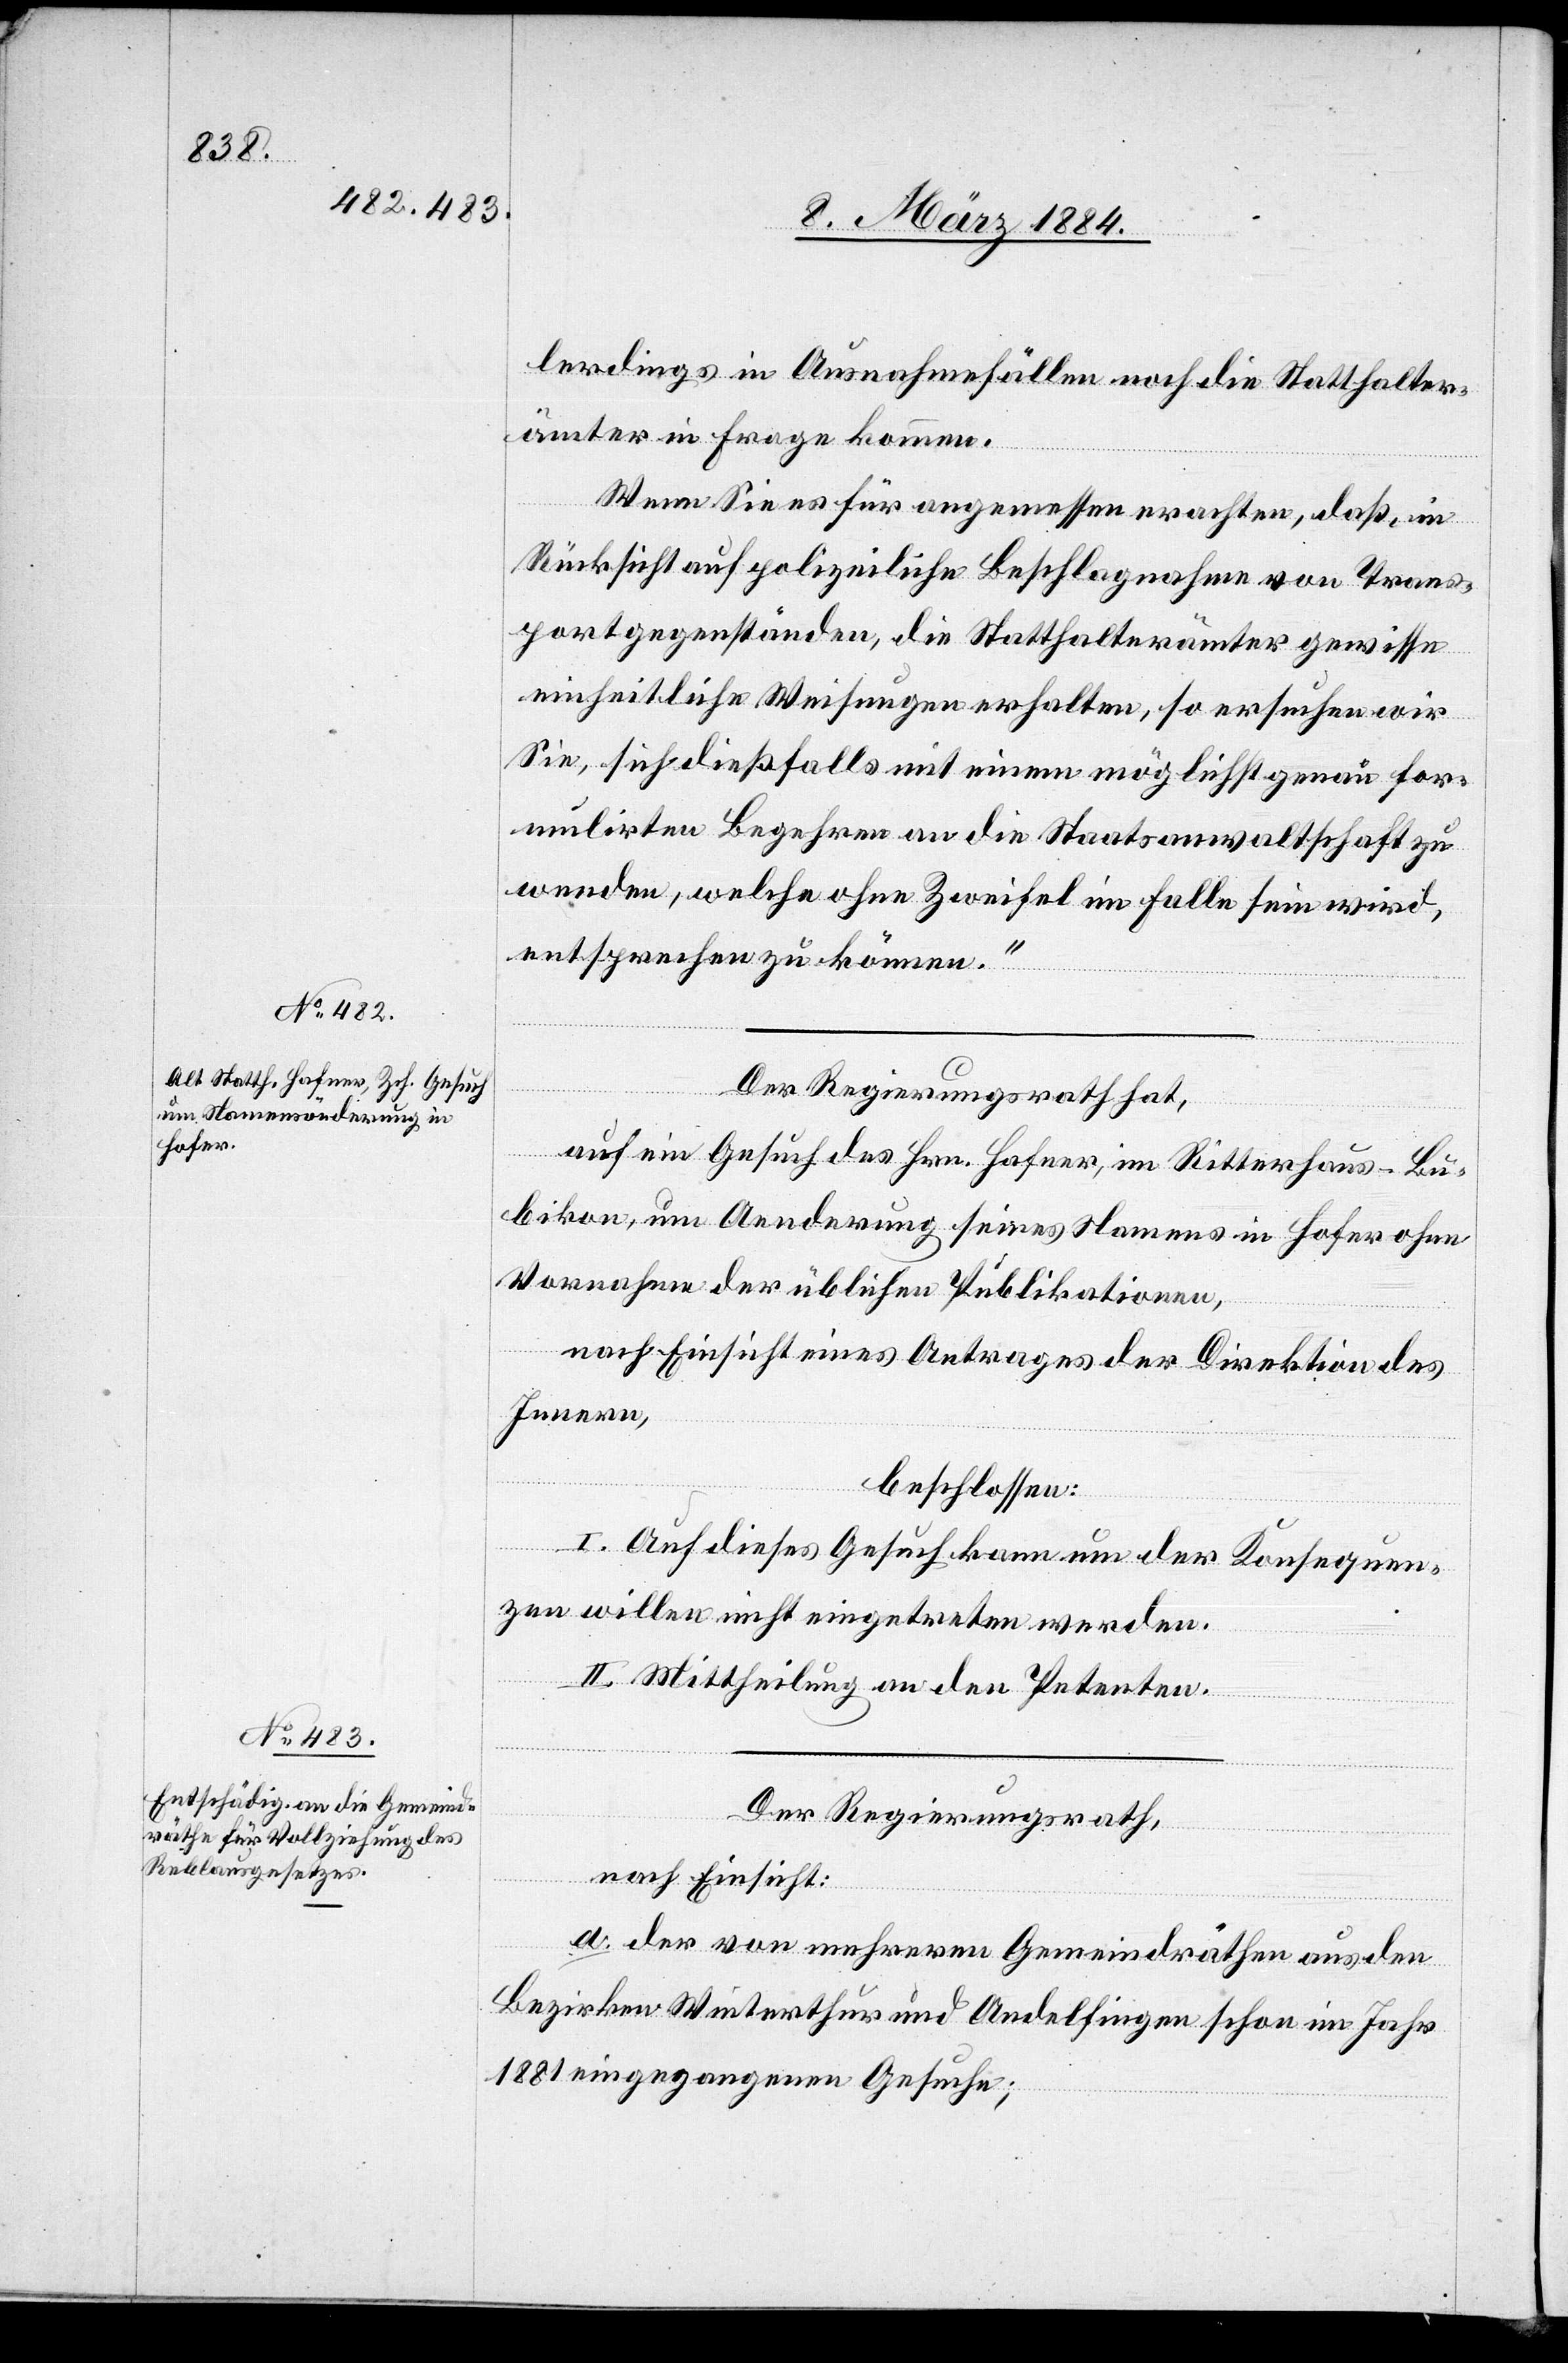
lerdings in Ausnahmefällen noch die Statthalter¬
ämter in Frage kommen.
Wenn Sie es für angemessen erachten, daß, in
Rücksicht auf polizeiliche Beschlagnahme von Trans¬
portgegenständen, die Statthalterämter gewisse
einheitliche Weisungen erhalten, so ersuchen wir
Sie, sich dießfalls mit einem möglichst genau for¬
mulirten Begehren an die Staatsanwaltschaft zu
wenden, welche ohne Zweifel im Falle sein wird,
entsprechen zu können.“
Der Regierungsrath hat,
auf ein Gesuch des Hrn. Hafner, im Ritterhaus - Bu¬
bikon, um Aenderung seines Namens in Hofer ohne
Vornahme der üblichen Publikationen,
nach Einsicht eines Antrages der Direktion des
Innern,
beschlossen:
I. Auf dieses Gesuch kann um der Konsequen¬
zen willen nicht eingetreten werden.
II. Mittheilung an den Petenten.
Der Regierungsrath,
nach Einsicht:
a. Der von mehreren Gemeindräthen aus den
Bezirken Winterthur und Andelfingen schon im Jahr
1881 eingegangenen Gesuche;